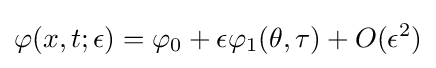
\varphi (x,t;\epsilon )=\varphi _{0}+\epsilon \varphi _{1}(\theta ,\tau )+O(\epsilon ^{2})